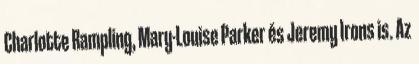
Charlotte Rampling, Mary-Louise Parker és Jeremy Irons is. Az